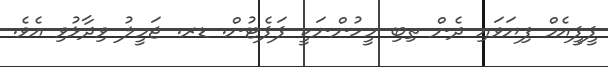
ޕީޕީއެމް ފިޔަވައި ދެން ތިބި މީހުންނަކީ ޕަޕެޓުން. ޑރ. ޖަމީލު ވިދާޅުވި އެވެ.